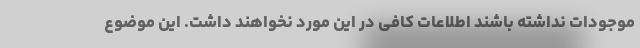
موجودات نداشته باشند اطلاعات کافی در این مورد نخواهند داشت. این موضوع